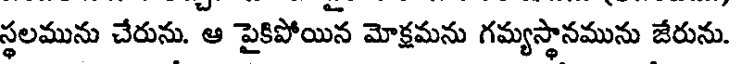
స్థలమును చేరును. ఆ పైకిపోయిన మోక్షమను గమ్యస్థానమును జేరును.